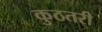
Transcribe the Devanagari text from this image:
कुठतरी